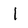
Character: 1